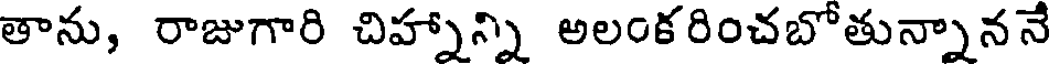
తాను, రాజుగారి చిహ్నాన్ని అలంకరించబోతున్నాననే